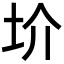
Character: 圿